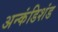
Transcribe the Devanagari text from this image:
अन्कंडिशंड